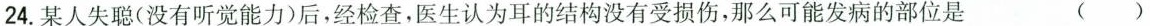
24.某人失聪(没有听觉能力)后，经检查，医生认为耳的结构没有受损伤，那么可能发病的部位是 ( )